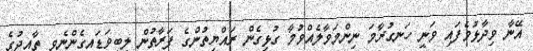
އޭނާ ވިދާޅުވެފައި ވަނީ ހަނގުރާމަ ނިންމަވާލެއްވުމާ ގުޅިގެން ރައްޔިތުންގެ ފަރާތުން ލިބިވަޑައިގެންނެވި ތާއީދުގެ